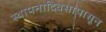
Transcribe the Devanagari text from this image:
स्थापनादिवसापासून